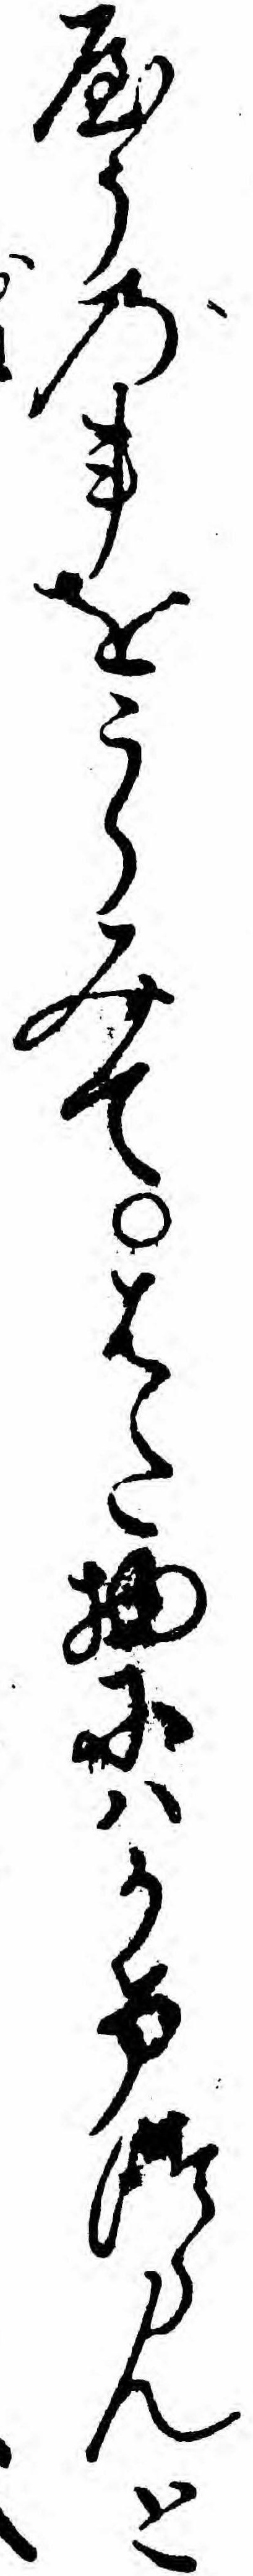
やうの事をうらみてはた物にハかけつらんと